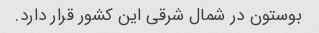
بوستون در شمال شرقی این کشور قرار دارد.